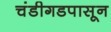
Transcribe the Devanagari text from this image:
चंडीगडपासून